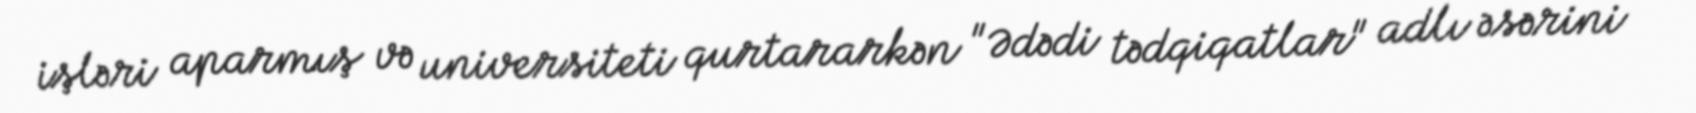
işləri aparmış və universiteti qurtararkən "Ədədi tədqiqatlar" adlı əsərini